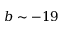
b \sim - 1 9